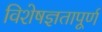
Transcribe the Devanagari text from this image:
विशेषज्ञतापूर्ण